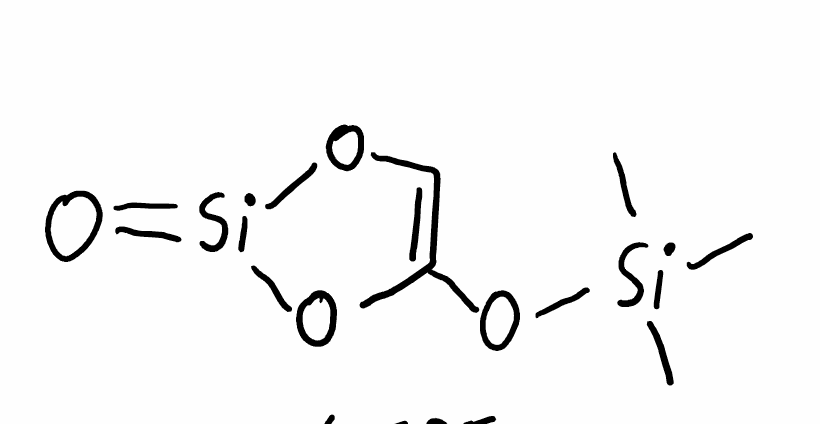
Simplified molecular-input line-entry system (SMILES) notation of the given molecule:
C[Si](C)(C)OC1=CO[Si](=O)O1